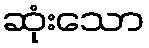
ဆုံးသော